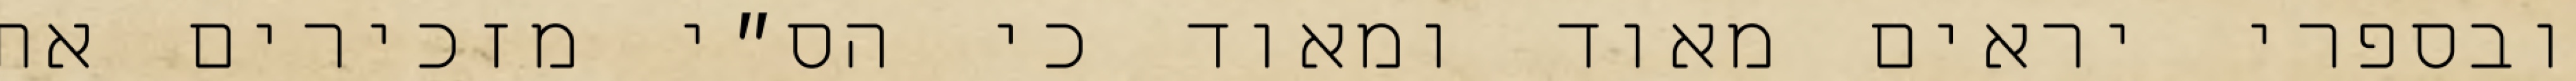
ובספרי יראים מאוד ומאוד כי הס״י מזכירים את